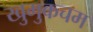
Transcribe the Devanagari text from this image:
खुमुकचम